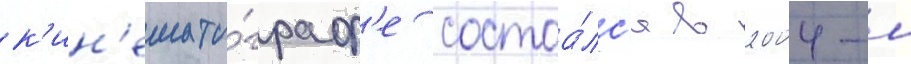
к'ин'емато́граф'е состоа́лс'я в 2004-м